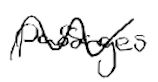
Text: passages
Cross-out: wave
Writing tool: digital_black